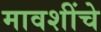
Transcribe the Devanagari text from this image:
मावशींचे